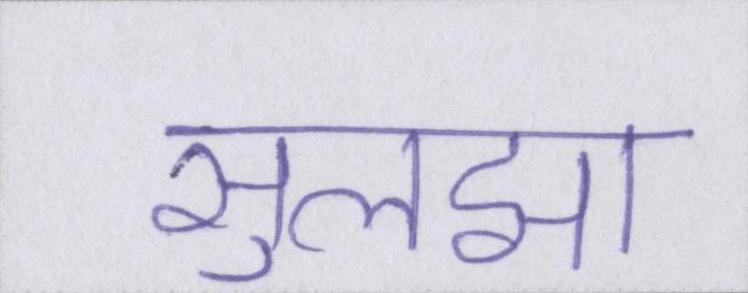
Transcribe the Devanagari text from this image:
सुलझा